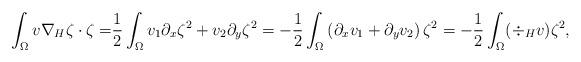
LaTeX: \begin{align*}\int_{\Omega} v \nabla_H \zeta \cdot \zeta =& \frac{1}{2} \int_{\Omega} v_1 \partial_x \zeta^2 + v_2 \partial_y \zeta^2= -\frac{1}{2} \int_{\Omega} \left(\partial_x v_1 + \partial_y v_2\right) \zeta^2 = -\frac{1}{2} \int_{\Omega} (\div_H v) \zeta^2,\end{align*}